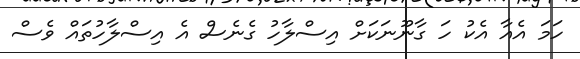
ހަމަ އެއާ އެކު ހަ ގާނޫނަކަށް އިސްލާހު ގެނެސް އެ އިސްލާހުތައް ވެސް